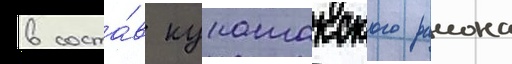
в соста́в кунашакского раиона